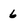
Character: 6